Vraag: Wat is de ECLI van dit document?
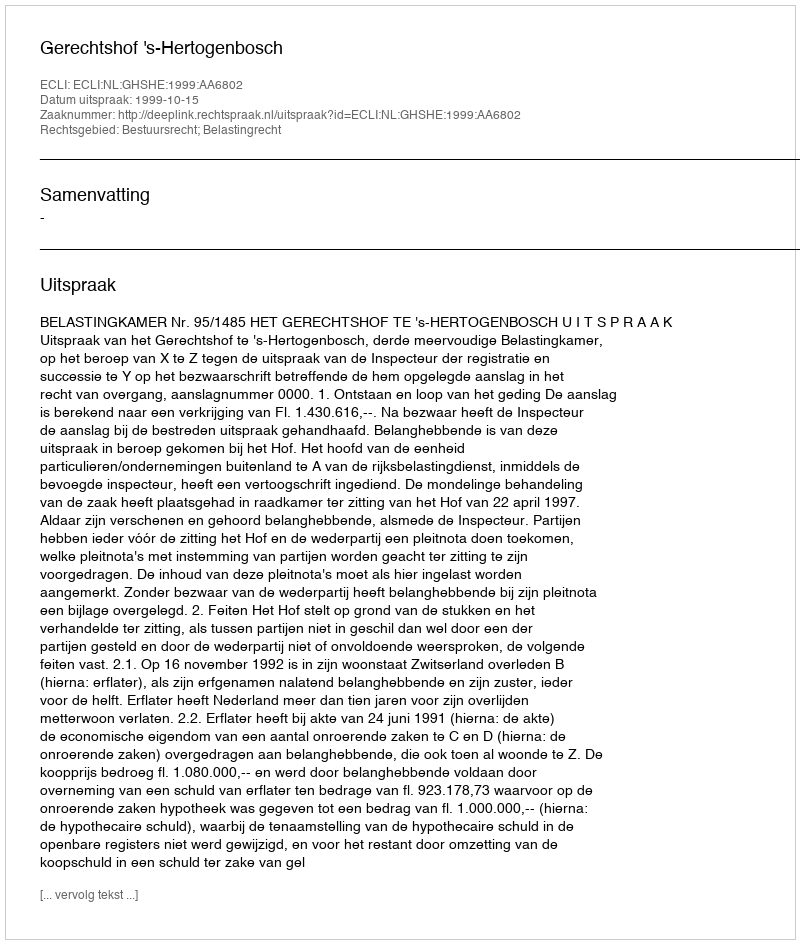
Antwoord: ECLI:NL:GHSHE:1999:AA6802